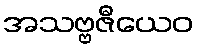
အသဗ္ဗဇီယေဝ